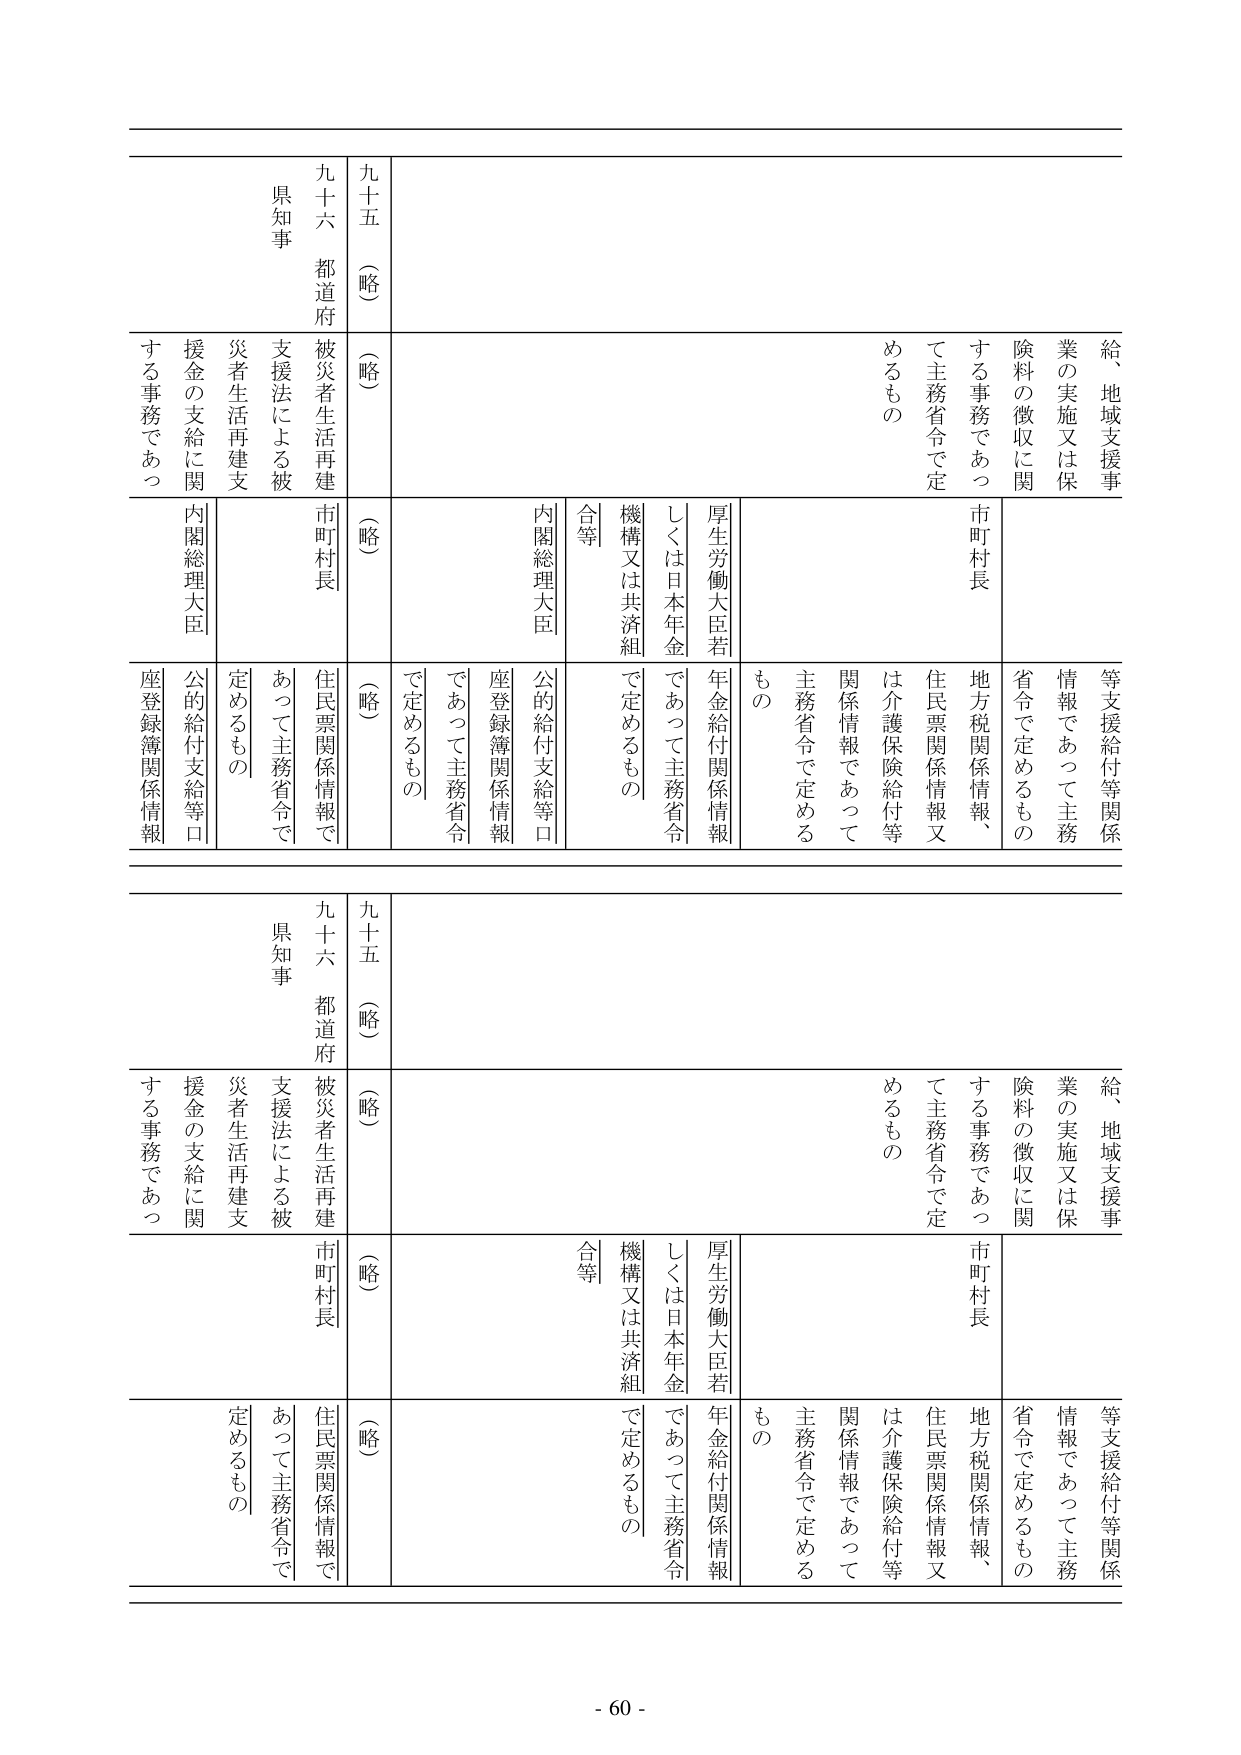
九十五（略）
九十六 都道府
県知事

給、地域支援事業の実施又は保険料の徴収に関する事務であつて主務省令で定めるもの
等支援給付等関係情報であつて主務省令で定めるもの
市町村長
地方税関係情報、住民票関係情報又は介護保険給付等関係情報であつて主務省令で定めるもの
厚生労働大臣若しくは日本年金機構又は共済組合等
年金給付関係情報であつて主務省令で定めるもの
内閣総理大臣
公的給付支給等口座登録簿関係情報
市町村長
被災者生活再建支援法による被災者生活再建支援金の支給に関する事務であつて主務省令で定めるもの
住民票関係情報であつて主務省令で定めるもの
（略）
（略）
（略）
（略）

九十五（略）
九十六 都道府
県知事

給、地域支援事業の実施又は保険料の徴収に関する事務であつて主務省令で定めるもの
等支援給付等関係情報であつて主務省令で定めるもの
市町村長
地方税関係情報、住民票関係情報又は介護保険給付等関係情報であつて主務省令で定めるもの
厚生労働大臣若しくは日本年金機構又は共済組合等
年金給付関係情報であつて主務省令で定めるもの
内閣総理大臣
公的給付支給等口座登録簿関係情報
市町村長
被災者生活再建支援法による被災者生活再建支援金の支給に関する事務であつて主務省令で定めるもの
住民票関係情報であつて主務省令で定めるもの
（略）
（略）
（略）
（略）

- 60 -